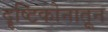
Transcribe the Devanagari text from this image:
दॄष्टिकोनातून